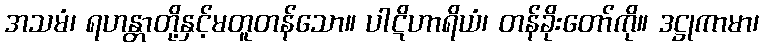
အသမံ၊ ရဟန္တာတို့နှင့်မတူတန်သော။ ပါဋိဟာရိယံ၊ တန်ခိုးတော်ကို။ ဒဋ္ဌုကာမာ၊